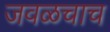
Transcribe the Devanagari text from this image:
जवळचाच